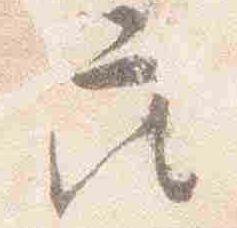
座